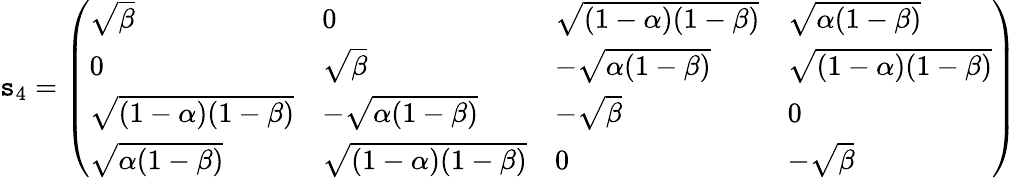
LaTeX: \mathtt{s}_{4}=\left(\begin{array}{llll}{\sqrt{\beta}}&{0}&{\sqrt{(1-\alpha)(1-\beta)}}&{\sqrt{\alpha(1-\beta)}}\\ {0}&{\sqrt{\beta}}&{-\sqrt{\alpha(1-\beta)}}&{\sqrt{(1-\alpha)(1-\beta)}}\\ {\sqrt{(1-\alpha)(1-\beta)}}&{-\sqrt{\alpha(1-\beta)}}&{-\sqrt{\beta}}&{0}\\ {\sqrt{\alpha(1-\beta)}}&{\sqrt{(1-\alpha)(1-\beta)}}&{0}&{-\sqrt{\beta}}\end{array}\right)